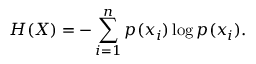
H ( X ) = - \sum _ { i = 1 } ^ { n } p ( x _ { i } ) \log p ( x _ { i } ) .